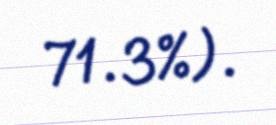
71.3%).